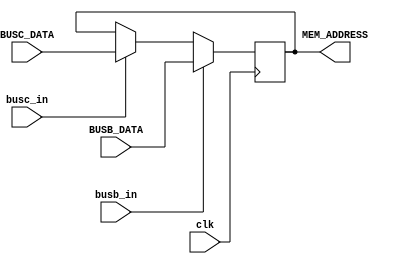
//if both BUS 'B' and 'C' write at same time: BUS 'B' given higher priority
module memory_add_reg
	(
		BUSB_DATA, BUSC_DATA, //input from BUS
		busb_in,busc_in, //BUS control lines
		MEM_ADDRESS, //output to memory
		clk		
	);

	input[21:0] BUSB_DATA,BUSC_DATA;
	input busb_in,busc_in;
	input clk;

	output[21:0] MEM_ADDRESS;
	reg[21:0] MEM_ADDRESS;

	always @(posedge clk)
	begin
		if(busb_in) begin
			MEM_ADDRESS <= BUSB_DATA;
		end else if(busc_in) begin
			MEM_ADDRESS <= BUSC_DATA;
		end
	end

endmodule // MAR